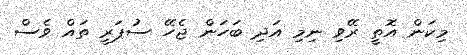
މިކަން އޮތީ ރޭވި ނިމި އަދި ބަހަން ޖެހޭ ސުޕަރީ ތައް ވެސް